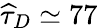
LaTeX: \widehat{\tau}_{D}\simeq 77